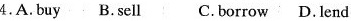
4.A.Buy B.Sell C.borrow D. lend